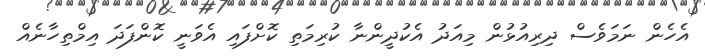
އެހެން ނަމަވެސް ދިރިއުޅުން މިއަދު އެކުދީންނާ ކުރިމަތި ކޮށްފައި އެވަނީ ކޮންފަދަ އިމްތިހާނެއް